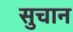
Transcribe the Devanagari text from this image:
सुचान